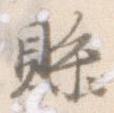
県